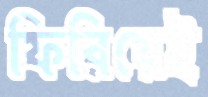
ফিরিয়েই